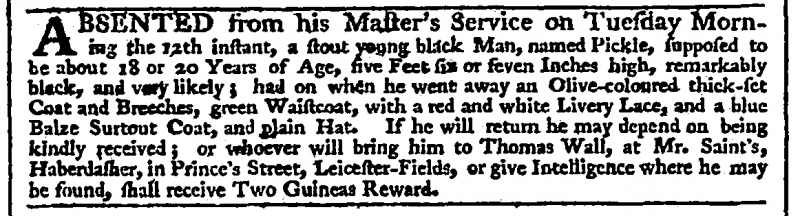
Daily Advertiser, 21 January 1773 (England)
ABSENTED from his Master’s Service on Tuesday Morning the 12th instant, a stout young black Man, named Pickle, supposed to be about 18 or 20 Years of Age, five Feet six or seven Inches high, remarkably black, and very likely; had on when he went away an Olive-coloured thick-set Coat and Breeches, green Waistcoat, with a red and white Livery Lace, and a blue Baize Surtout Coat, and plain Hat. If he will return he may depend on being kindly received; or whoever will bring him to Thomas Wall, at Mr Saint’s, Haberdasher, in Prince’s Street, Leicester-Fields, or give Intelligence where he may be found, shall receive Two Guineas Reward.